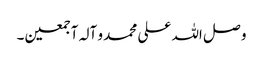
و صل اللہ علی محمد و آلہ آجمعین۔